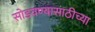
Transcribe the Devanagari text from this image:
सोडवण्यासाठीच्या